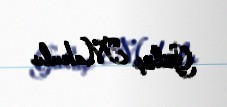
Gülüş Makulu